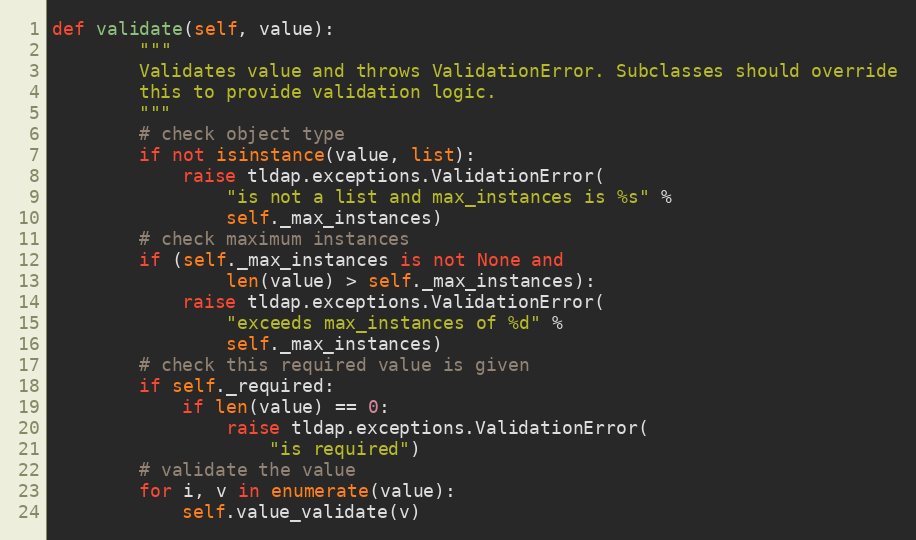
Language: Python
def validate(self, value):
        """
        Validates value and throws ValidationError. Subclasses should override
        this to provide validation logic.
        """
        # check object type
        if not isinstance(value, list):
            raise tldap.exceptions.ValidationError(
                "is not a list and max_instances is %s" %
                self._max_instances)
        # check maximum instances
        if (self._max_instances is not None and
                len(value) > self._max_instances):
            raise tldap.exceptions.ValidationError(
                "exceeds max_instances of %d" %
                self._max_instances)
        # check this required value is given
        if self._required:
            if len(value) == 0:
                raise tldap.exceptions.ValidationError(
                    "is required")
        # validate the value
        for i, v in enumerate(value):
            self.value_validate(v)